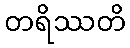
တရိဿတိ